Indian journal of veterinary science and animal husbandry - Volumes 18-21, 1948-1951
Year: 1948
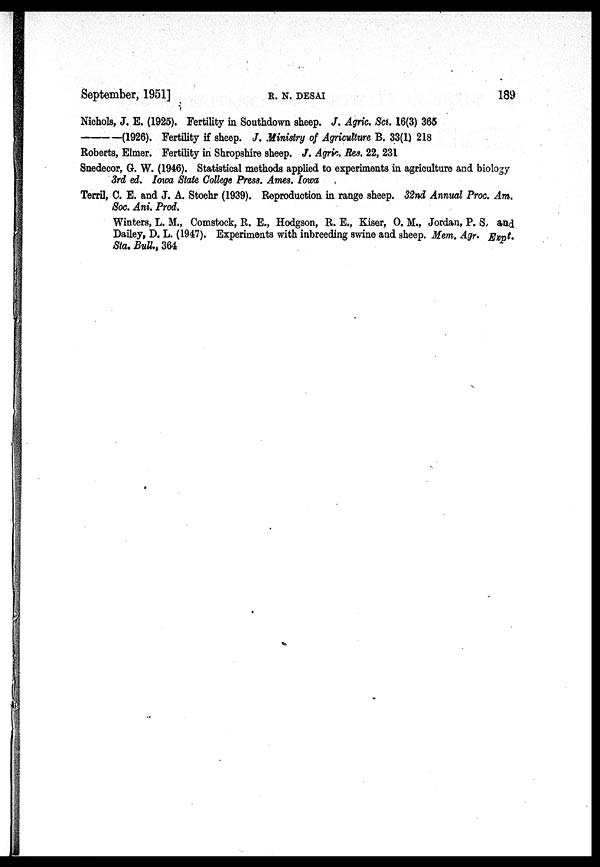
September, 1951]
R.
N.
DESAI
189
Nichols, J. E. (1925). Fertility in Southdown sheep. J. Agric. Sci. 16(3) 365
—(1926).
Fertility if sheep. J. Ministry of Agriculture B. 33(1) 218
Roberts, Elmer. Fertility in Shropshire sheep. J. Agric. Res. 22, 231
Snedecor, G. W. (1946). Statistical methods applied to experiments in agriculture and biology
3rd ed. Iowa State College Press. Ames. Iowa
Terril, C. E. and J. A. Stoehr (1939). Reproduction in range sheep. 32nd Annual Proc. Am.
Soc. Ani. Prod.
Winters, L. M., Comstock, R. E., Hodgson, R. E., Kiser, O. M., Jordan, P. S, and
Dailey, D. L. (1947). Experiments with inbreeding swine and sheep. Mem. Agr. Expt.
Sta. Bull., 364